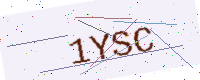
Text: 1YSC